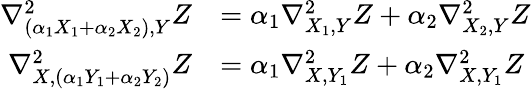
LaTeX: \begin{array}{rl}{\nabla_{(\alpha_{1}X_{1}+\alpha_{2}X_{2}),Y}^{2}Z}&{=\alpha_{1}\nabla_{X_{1},Y}^{2}Z+\alpha_{2}\nabla_{X_{2},Y}^{2}Z}\\ {\nabla_{X,(\alpha_{1}Y_{1}+\alpha_{2}Y_{2})}^{2}Z}&{=\alpha_{1}\nabla_{X,Y_{1}}^{2}Z+\alpha_{2}\nabla_{X,Y_{1}}^{2}Z}\end{array}